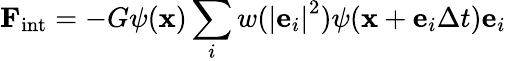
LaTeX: {{\mathbf{F}}_{\mathrm{{int}}}}=-G\psi({\mathbf{x}})\sum_{i}{w({{\left|{{{\mathbf{e}}_{i}}}\right|}^{2}})}\psi({\mathbf{x}}+{{\mathbf{e}}_{i}}\Delta t){{\mathbf{e}}_{i}}